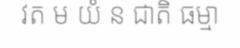
វត ម យំ ន ជាតិ ធម្មា